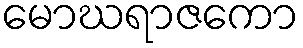
မောဃရာဇကော